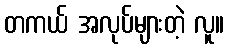
တကယ် အလုပ်များတဲ့ လူ။